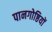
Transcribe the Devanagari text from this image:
पानगोष्ठियों